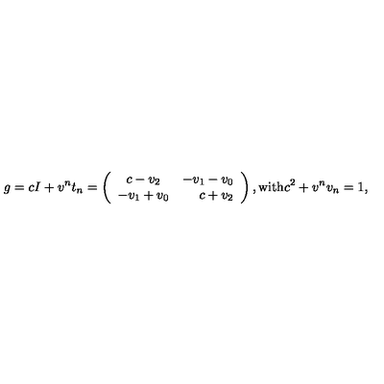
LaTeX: g = c I + v ^ { n } t _ { n } = \left( \begin{array} { c r } { c - v _ { 2 } } & { - v _ { 1 } - v _ { 0 } } \\ { - v _ { 1 } + v _ { 0 } } & { c + v _ { 2 } } \\ \end{array} \right) , \mathrm { w i t h } c ^ { 2 } + v ^ { n } v _ { n } = 1 ,